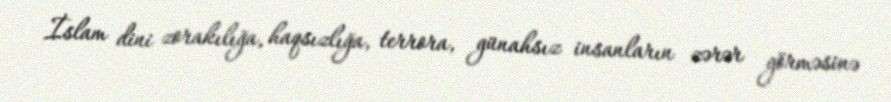
İslam dini zorakılığa, haqsızlığa, terrora, günahsız insanların zərər görməsinə